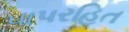
પાપરહિત